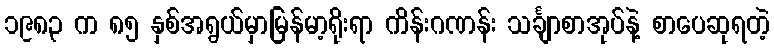
၁၉၈၃ က ၈၅ နှစ်အရွယ်မှာမြန်မာ့ရိုးရာ ကိန်းဂဏန်း သင်္ချာစာအုပ်နဲ့ စာပေဆုရတဲ့